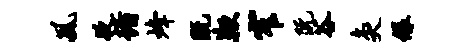
风夜循烽既鞭窄阮谷灸绿